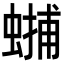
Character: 𧏳